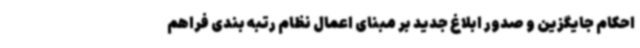
احکام جایگزین و صدور ابلاغ جدید بر مبنای اعمال نظام رتبه بندی فراهم